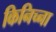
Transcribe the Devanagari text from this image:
किनिच्ना